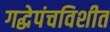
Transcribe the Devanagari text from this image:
गद्धेपंचविशीत